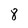
Character: 8